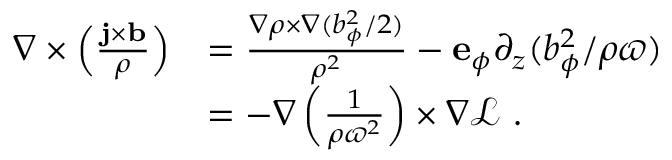
\begin{array} { r l } { \nabla \times \left( \frac { { \mathbf { j } } \times { \mathbf { b } } } { \rho } \right) } & { = \frac { \nabla \rho \times \nabla ( b _ { \phi } ^ { 2 } / 2 ) } { \rho ^ { 2 } } - { \mathbf { e } } _ { \phi } \partial _ { z } ( b _ { \phi } ^ { 2 } / \rho \varpi ) } \\ & { = - \nabla \left( \frac { 1 } { \rho \varpi ^ { 2 } } \right) \times \nabla { \mathcal { L } } \ . } \end{array}